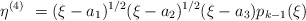
\begin{align*}\eta^{(4)} \ = (\xi - a_1)^{1/2} (\xi - a_2)^{1/2} (\xi - a_3) p_{k-1}(\xi)\end{align*}